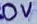
Text: 0V